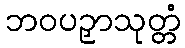
ဘဝပဉှာသုတ္တံ